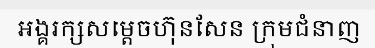
អង្គរក្សសម្តេចហ៊ុនសែន ក្រុមជំនាញ